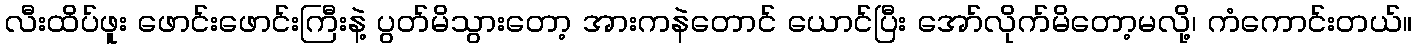
လီးထိပ်ဖူး ဖောင်းဖောင်းကြီးနဲ့ ပွတ်မိသွားတော့ အားကနဲတောင် ယောင်ပြီး အော်လိုက်မိတော့မလို့၊ ကံကောင်းတယ်။